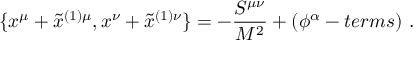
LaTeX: \{ x ^ { \mu } + \tilde { x } ^ { ( 1 ) \mu } , x ^ { \nu } + \tilde { x } ^ { ( 1 ) \nu } \} = - \frac { S ^ { \mu \nu } } { M ^ { 2 } } + ( \phi ^ { \alpha } - t e r m s ) ~ .